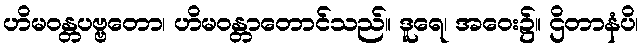
ဟိမဝန္တပဗ္ဗတော၊ ဟိမဝန္တာတောင်သည်။ ဒူရေ၊ အဝေး၌။ ဌိတာနံပိ၊